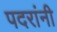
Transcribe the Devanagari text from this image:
पदरांनी